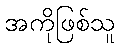
အကိုဖြစ်သူ